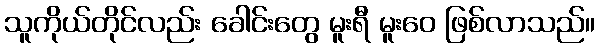
သူကိုယ်တိုင်လည်း ခေါင်းတွေ မူးရီ မူးဝေ ဖြစ်လာသည်။